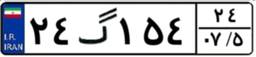
۲۴گ۱۵۴۲۴